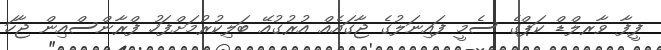
ފީފާ ވާރލްޑް ކަޕްގެ ސެމީ ފައިނަލުގެ ޖާގައެއް އުރުގުއޭ ބަލިކުރުމަށްފަހު ފްރާންސްއިން ޖާހަ